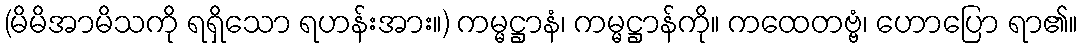
(မိမိအာမိသကို ရရှိသော ရဟန်းအား။) ကမ္မဋ္ဌာနံ၊ ကမ္မဋ္ဌာန်ကို။ ကထေတဗ္ဗံ၊ ဟောပြော ရာ၏။